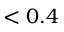
< 0 . 4